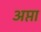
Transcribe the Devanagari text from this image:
अप्ता